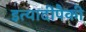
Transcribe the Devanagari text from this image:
इत्यादींपैकी